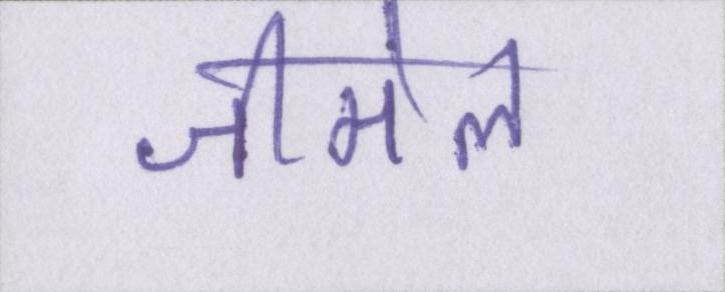
जीमेल